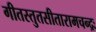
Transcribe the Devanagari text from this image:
गीतस्तुतसीतारामचन्द्रः